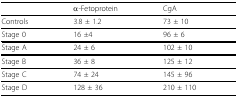
<table><thead><tr><td></td><td><b>α-Fetoprotein</b></td><td><b>CgA</b></td></tr></thead><tbody><tr><td>Controls</td><td>3.8 ± 1.2</td><td>73 ± 10</td></tr><tr><td>Stage 0</td><td>16 ±4</td><td>96 ± 6</td></tr><tr><td>Stage A</td><td>24 ± 6</td><td>102 ± 10</td></tr><tr><td>Stage B</td><td>36 ± 8</td><td>125 ± 12</td></tr><tr><td>Stage C</td><td>74 ± 24</td><td>145 ± 96</td></tr><tr><td>Stage D</td><td>128 ± 36</td><td>210 ± 110</td></tr></tbody></table>